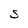
Character: S